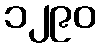
၁၂၉၀